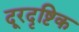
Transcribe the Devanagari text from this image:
दूरदृष्टिक